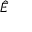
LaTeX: { \hat { E } } \,